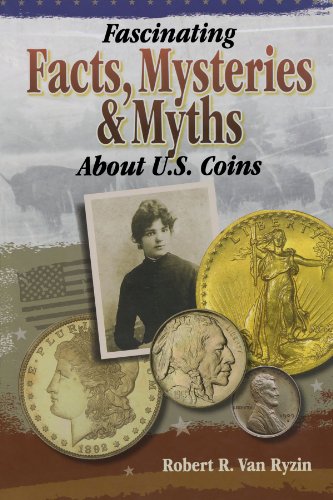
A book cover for Fascinating Facts, Mysteries and Myths About U.S. Coins; Robert R. Van Ryzin; Humor & Entertainment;